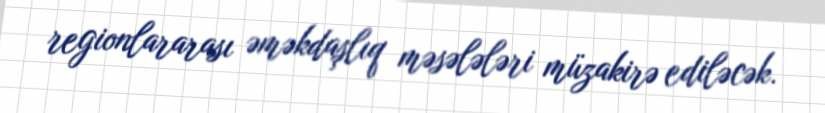
regionlararası əməkdaşlıq məsələləri müzakirə ediləcək.